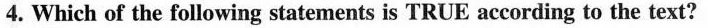
4. Which of the following statements is TRUE according to the text?